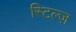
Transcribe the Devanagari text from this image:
स्टिल्ज़